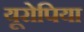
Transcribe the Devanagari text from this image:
यूरोपिया